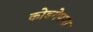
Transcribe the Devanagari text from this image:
कोडगेपणा